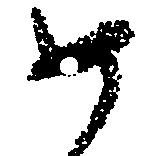
如